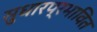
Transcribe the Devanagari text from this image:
सुधारप्रभावित